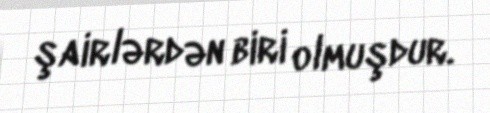
şairlərdən biri olmuşdur.